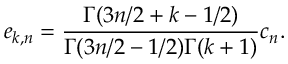
e _ { k , n } = { \frac { \Gamma ( 3 n / 2 + k - 1 / 2 ) } { \Gamma ( 3 n / 2 - 1 / 2 ) \Gamma ( k + 1 ) } } c _ { n } .